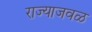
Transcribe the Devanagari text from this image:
राज्याजवळ